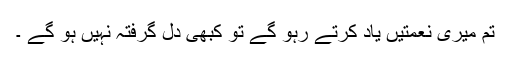
تم میری نعمتیں یاد کرتے رہو گے تو کبھی دل گرفتہ نہیں ہو گے ۔